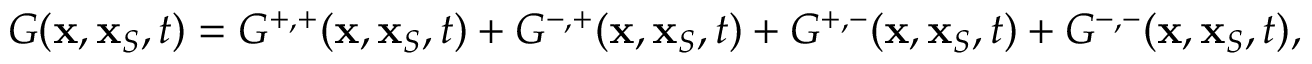
G ( { \bf x } , { \bf x } _ { S } , t ) = G ^ { + , + } ( { \bf x } , { \bf x } _ { S } , t ) + G ^ { - , + } ( { \bf x } , { \bf x } _ { S } , t ) + G ^ { + , - } ( { \bf x } , { \bf x } _ { S } , t ) + G ^ { - , - } ( { \bf x } , { \bf x } _ { S } , t ) ,